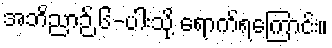
အဘိညာဉ် ၆-ပါးသို့ ရောက်ရကြောင်း။